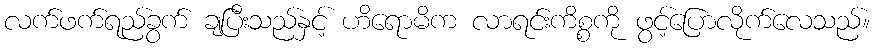
လက်ဖက်ရည်ခွက် ချပြီးသည်နှင့် ဟိရောမိက လာရင်းကိစ္စကို ဖွင့်ပြောလိုက်လေသည်။